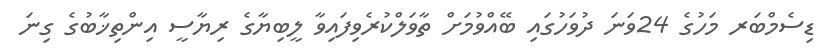
ޑިސެމްބަރ މަހުގެ 24ވަނަ ދުވަހުގައި ބޭއްވުމަށް ތާވަލްކުރެވިފައިވާ ލީބިޔާގެ ރިޔާސީ އިންތިޚާބުގެ ގިނަ